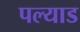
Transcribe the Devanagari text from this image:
पल्याड